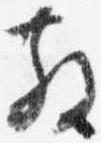
散